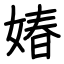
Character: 媋